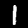
Digit: 1